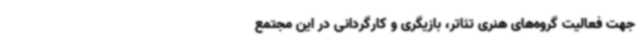
جهت فعالیت گروه‌های هنری تئاتر، بازیگری و کارگردانی در این مجتمع